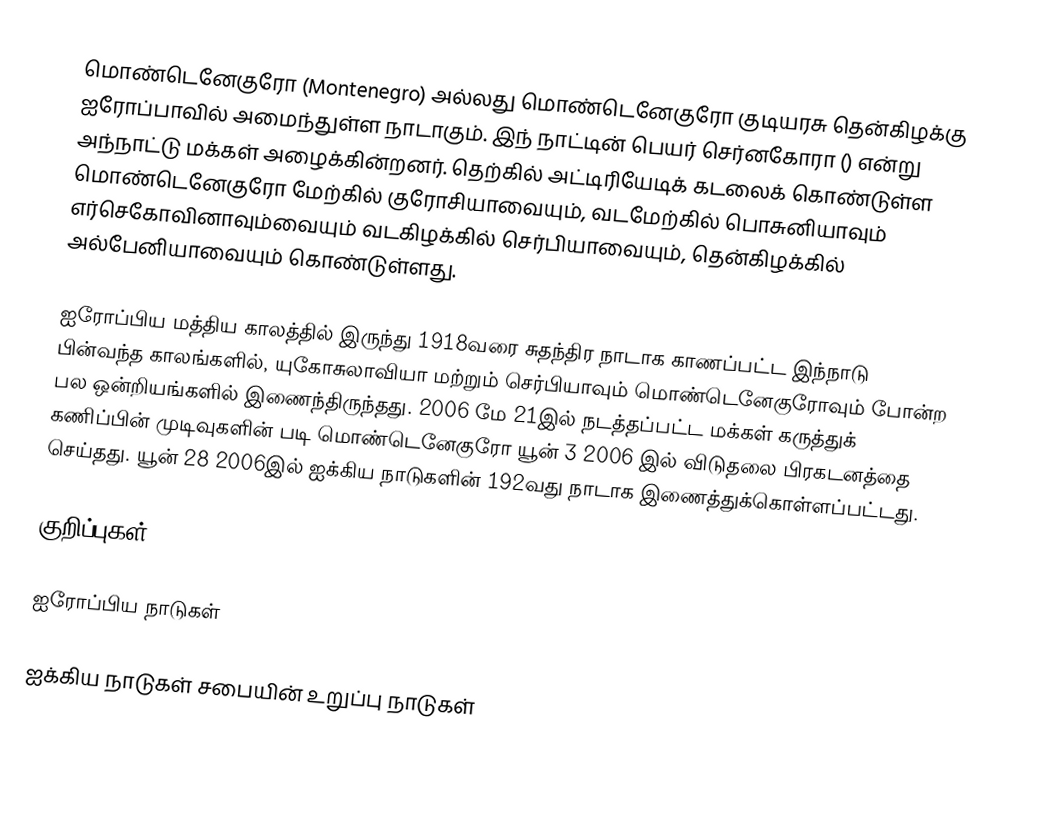
மொண்டெனேகுரோ (Montenegro) அல்லது மொண்டெனேகுரோ குடியரசு தென்கிழக்கு ஐரோப்பாவில் அமைந்துள்ள நாடாகும். இந் நாட்டின் பெயர் செர்னகோரா () என்று அந்நாட்டு மக்கள் அழைக்கின்றனர். தெற்கில் அட்டிரியேடிக் கடலைக் கொண்டுள்ள மொண்டெனேகுரோ மேற்கில் குரோசியாவையும், வடமேற்கில் பொசுனியாவும் எர்செகோவினாவும்வையும் வடகிழக்கில் செர்பியாவையும், தென்கிழக்கில் அல்பேனியாவையும் கொண்டுள்ளது.

ஐரோப்பிய மத்திய காலத்தில் இருந்து 1918வரை சுதந்திர நாடாக காணப்பட்ட இந்நாடு பின்வந்த காலங்களில், யுகோசுலாவியா மற்றும் செர்பியாவும் மொண்டெனேகுரோவும் போன்ற பல ஒன்றியங்களில் இணைந்திருந்தது. 2006 மே 21இல் நடத்தப்பட்ட மக்கள் கருத்துக் கணிப்பின் முடிவுகளின் படி மொண்டெனேகுரோ யூன் 3 2006 இல் விடுதலை பிரகடனத்தை செய்தது. யூன் 28 2006இல் ஐக்கிய நாடுகளின் 192வது  நாடாக இணைத்துக்கொள்ளப்பட்டது.

குறிப்புகள்

ஐரோப்பிய நாடுகள்

ஐக்கிய நாடுகள் சபையின் உறுப்பு நாடுகள்